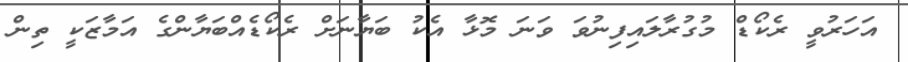
އަހަރުވީ ރެކޯޑް މުގުރާލައިފިނުވަ ވަނަ މޮޅާ އެކު ބަޔާނަށް ރެކޯޑެއްބަޔާންގެ އަމާޒަކީ ތިން